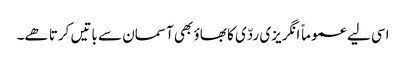
اسی لیے عموماً انگریزی ردّی کا بھاؤ بھی آسمان سے باتیں کرتا ھے۔